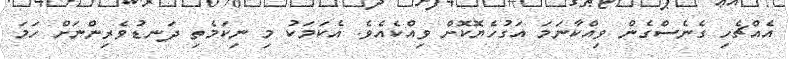
އެއްޗެހި ގެނެސްގެން ވިއްކާނަމަ އަގުހެޔޮކޮށް ވިއްކެއެވެ. އެކަމަކު މި ނިކަމެތި ދަނޑުވެރިންނަށް ހަމަ